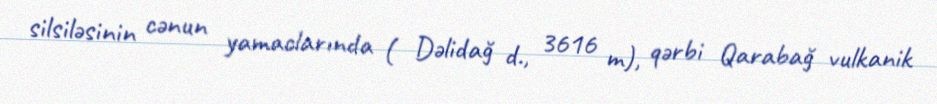
silsiləsinin cənun yamaclarında ( Dəlidağ d., 3616 m), qərbi Qarabağ vulkanik